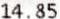
14.85